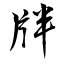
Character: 牉